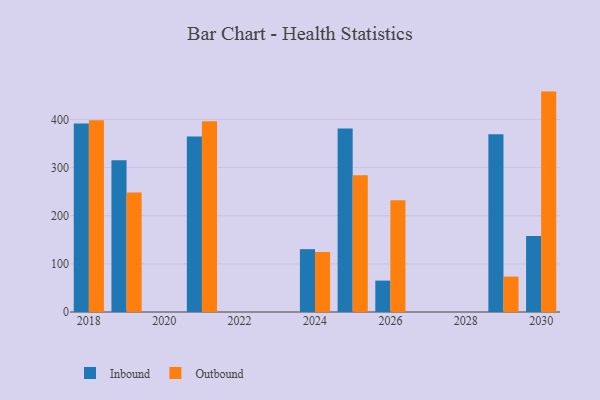
{"axis": {"x": "Year", "y": "Active Users"}, "legend": ["Inbound", "Outbound"], "data": [{"x": "2026", "y": 65.2, "type": "Inbound"}, {"x": "2026", "y": 231.9, "type": "Outbound"}, {"x": "2019", "y": 315.3, "type": "Inbound"}, {"x": "2019", "y": 248.1, "type": "Outbound"}, {"x": "2021", "y": 364.3, "type": "Inbound"}, {"x": "2021", "y": 396.1, "type": "Outbound"}, {"x": "2018", "y": 391.4, "type": "Inbound"}, {"x": "2018", "y": 398.5, "type": "Outbound"}, {"x": "2029", "y": 369.2, "type": "Inbound"}, {"x": "2029", "y": 73.5, "type": "Outbound"}, {"x": "2025", "y": 380.9, "type": "Inbound"}, {"x": "2025", "y": 283.9, "type": "Outbound"}, {"x": "2030", "y": 158.0, "type": "Inbound"}, {"x": "2030", "y": 457.8, "type": "Outbound"}, {"x": "2024", "y": 130.5, "type": "Inbound"}, {"x": "2024", "y": 124.6, "type": "Outbound"}]}